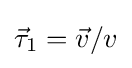
{\vec {\tau }}_{1}={\vec {v}}/v